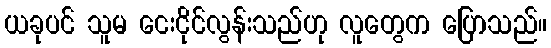
ယခုပင် သူမ ငေးငိုင်လွန်းသည်ဟု လူတွေက ပြောသည်။